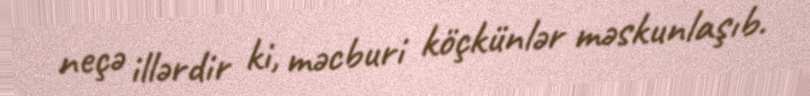
neçə illərdir ki, məcburi köçkünlər məskunlaşıb.